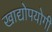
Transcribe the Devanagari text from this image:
खाद्योपयोगी